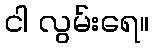
ငါ လွမ်းရေ။